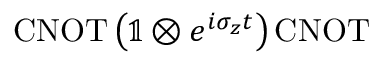
\mathrm { C N O T } \left( \mathbb { 1 } \otimes e ^ { i \sigma _ { z } t } \right) \mathrm { C N O T }